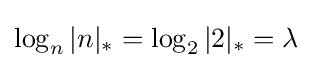
\log _{n}|n|_{*}=\log _{2}|2|_{*}=\lambda